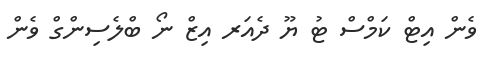
ވެން އިޓް ކަމްސް ޓު ޔޫ ދެއަރ އިޒް ނޯ ބްލެސިންގް ވެން